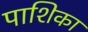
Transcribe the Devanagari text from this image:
पाशिका